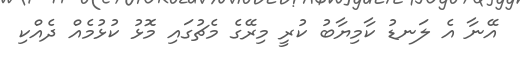
އޭނާ އެ ލަނޑު ކާމިޔާބު ކުރީ މިރޭގެ މެޗުގައި މޮޅު ކުޅުމެއް ދެއްކި